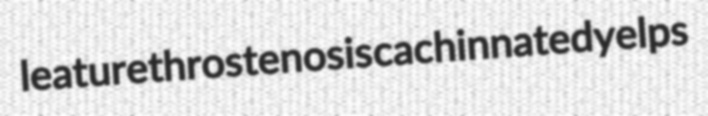
leat urethrostenosis cachinnated yelps